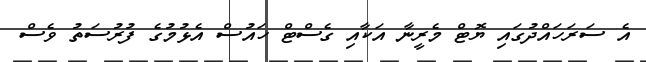
އެ ސަރަހައްދުގައި ޔޮޓް މެރީނާ އަކާއި ގެސްޓް ހައުސް އެޅުމުގެ ފުރުސަތު ވެސް